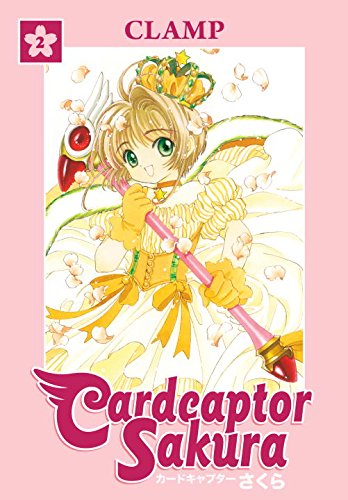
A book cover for Cardcaptor Sakura Omnibus, Book 2; CLAMP; Children's Books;